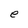
Character: e